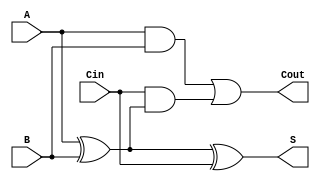
module FullAdder (
    input wire A,      // First input bit
    input wire B,      // Second input bit
    input wire Cin,    // Carry-in bit
    output wire S,     // Sum output
    output wire Cout   // Carry-out output
);

// Internal signals
wire A_xor_B;

// Compute the sum using XOR gates
assign A_xor_B = A ^ B; // A XOR B
assign S = A_xor_B ^ Cin; // S = (A XOR B) XOR Cin

// Compute the carry-out using AND and OR gates
assign Cout = (A & B) | (Cin & A_xor_B); // Cout = (A AND B) OR (Cin AND (A XOR B))

endmodule